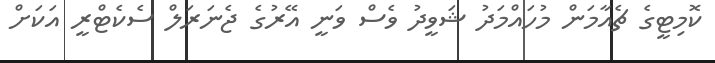
ކޮމިޓީގެ ޗެއާމަން މުހައްމަދު ޝަވީދު ވެސް ވަނީ އޭރުގެ ޖެނަރަލް ސެކެޓްރީ އަކަށް